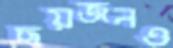
ছয়জনও